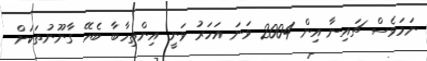
ނަމަވެސް ޗައިނާ އިން 2004 ވަނަ އަހަރު ވަނީ އިންތިހާބާ ބެހޭ ގާނޫނުތަކަށް